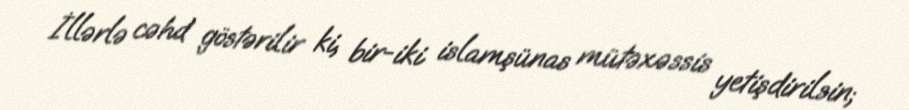
İllərlə cəhd göstərilir ki, bir-iki islamşünas mütəxəssis yetişdirilsin;